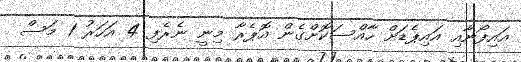
އައިފޯނާއި އައިޕެޑަށް ހާއްސަކޮށްގެން އޮޕެރާ މިނީ ނެރެފި 4 އަހަރު 1 މަސް